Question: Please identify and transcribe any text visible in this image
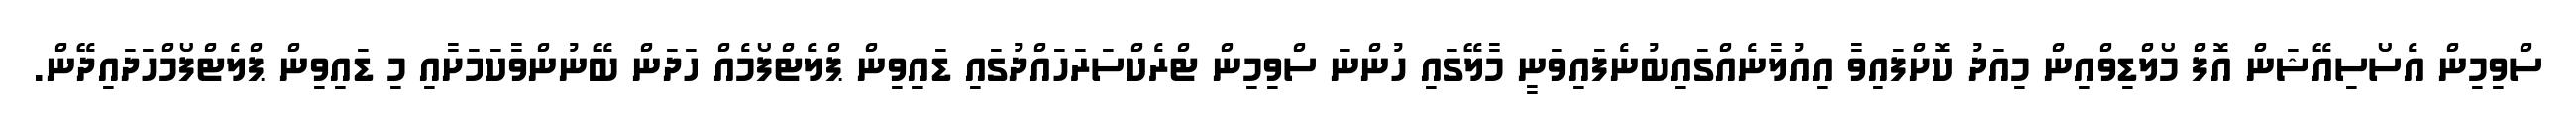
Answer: ސްވިމިން އެސޯސިއޭޝަން އޮފް މޯލްޑިވްއިން މިއަދު ކޮށްފައިވާ އިއުލާނެއްގައިބުނެފައިވަނީ މާލޭގައި ހުންނަ ސްވިމިން ޓްރެކްސަރަހައްދުގައި ޑައިވިން ޕްލެޓްފޯމެއް ހަދަން ބޭނުންވާކަމަށާއި މި ޑައިވިން ޕްލެޓްފޯމްހަދައިދޭން.